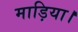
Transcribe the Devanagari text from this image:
माड़िया।